Statistics compiled by the Government of India from the reports of provincial Civil Veterinary Departments
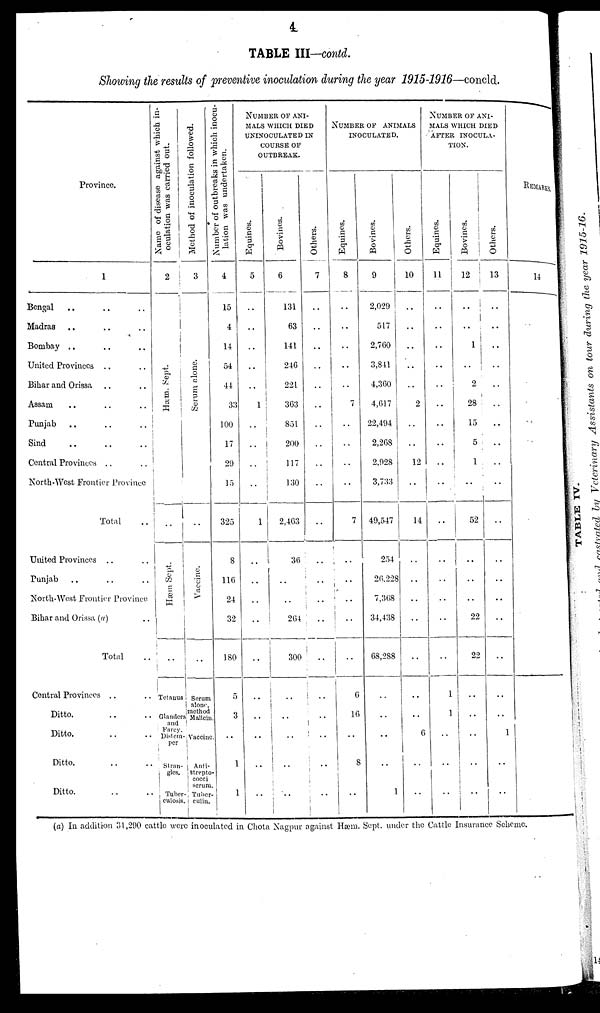
4
TABLE III—contd.
Showing the results of preventive inoculation during the year 1915-1916—concld.
Province.
1
Bengal .. .. ..
Madras .. .. ..
Bombay .. .. ..
United Provinces .. ..
Bihar and Orissa .. ..
Assam .. .. ..
Punjab .. .. ..
Sind
..
..
..
Central Provinces .. ..
North-West Frontier Province
Total ..
United Provinces .. ..
Punjab .. .. ..
North-West Frontier Province
Bihar and Orissa (a) ..
Total ..
Central Provinces .. ..
Ditto. .. ..
Ditto. .. ..
Ditto. .. ..
Ditto. .. ..
Name of disease against which in-
oculation was carried out.
2
Hæm. Sept .
..
Hæm Sept.
..
Tetanus
Glanders
and
Farcy.
Distem-
per
Stran-
gles.
Tuber-
culosis.
Method of inoculation followed.
3
Se r
um alone.
..
Vaccine.
..
Serum
alone,
method
Vaccine
Anti-
strepto-
cocci
serum
Tuber-
culin.
Number of outbreaks in which inocu-
lation was undertaken.
4
15
4
14
54
44
33
100
17
29
15
325
8
116
24
32
180
5
3
..
1
1
NUMBER OF ANI-
MALS WHICH DIED
UNINOCULATED IN
COURSE OF
OUTBREAK.
Equines.
5
..
..
..
..
..
1
..
..
..
..
1
..
..
..
..
..
..
..
..
..
..
Bovines.
6
131
63
141
246
221
363
851
200
117
130
2,463
36
..
..
264
300
..
..
..
..
..
Others.
7
..
..
..
..
..
..
..
..
..
..
..
..
..
..
..
..
..
..
..
..
..
NUMBER OF ANIMALS
INOCULATED.
Equines.
8
..
..
..
..
7
..
..
..
..
7
..
..
..
..
..
6
16
..
8
..
Bovines.
9
2,029
517
2,760
3,841
4,360
4,617
22,494
2,268
2,928
3,733
49,547
254
26,228
7,368
34,438
68,288
..
..
..
..
1
Others.
10
..
..
..
..
..
2
..
..
12
..
14
..
..
..
..
..
..
..
6
..
..
NUMBER OF ANI-
MALS WHICH DIED
AFTER INOCULA-
TION.
Equines.
11
..
..
..
..
..
..
..
..
..
..
..
..
..
..
..
..
1
1
..
..
..
Bovines.
12
..
..
1
..
2
28
15
5
1
..
52
..
..
..
22
22
..
..
..
..
..
Others.
13
..
..
..
..
..
..
..
..
..
..
..
..
..
..
..
..
..
1
..
..
REMARKS.
14
..
..
..
..
..
(a) In addition 31,290 cattle were inoculated in Chota Nagpur against Hæm. Sept. under the Cattle Insurance Scheme.